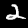
Digit: 2